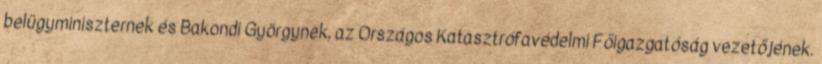
belügyminiszternek és Bakondi Györgynek, az Országos Katasztrófavédelmi Főigazgatóság vezetőjének.